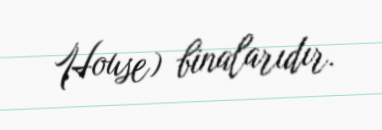
House) binalarıdır.